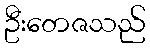
ဦးတေဇသည်